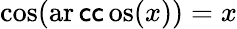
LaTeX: \cos(\operatorname{ar\mathsf{c}\mathsf{c}os}(x))=x